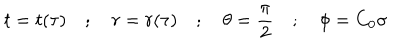
t = t ( \tau ) \quad ; \quad r = r ( \tau ) \quad ; \quad \theta = \frac { \pi } { 2 } \quad ; \quad \phi = C _ { 0 } \sigma